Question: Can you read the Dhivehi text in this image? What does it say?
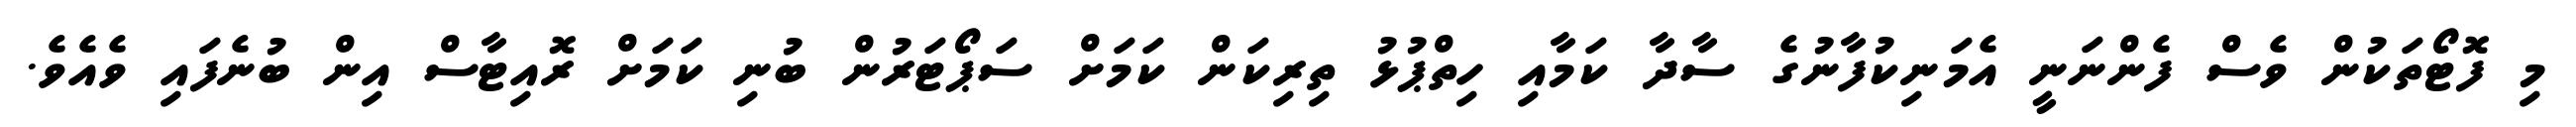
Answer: މި ފޮޓޯތަކުން ވެސް ފެންނަނީ އެމަނިކުފާނުގެ ސާދާ ކަމާއި ހިތްޕުޅު ތިރިކަން ކަމަށް ސަޕޯޓަރުން ބުނި ކަމަށް ރޮއިޓާސް އިން ބުނެފައި ވެއެވެ.